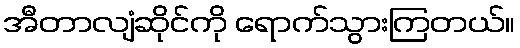
အီတာလျံဆိုင်ကို ရောက်သွားကြတယ်။